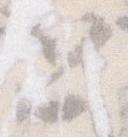
と